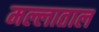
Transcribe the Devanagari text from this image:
मल्लाताल